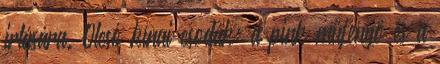
irtására. Olcsó kínai csodák: a pink műfenyő és a